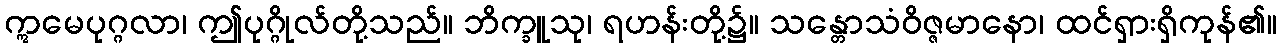
ဣမေပုဂ္ဂလာ၊ ဤပုဂ္ဂိုလ်တို့သည်။ ဘိက္ခူသု၊ ရဟန်းတို့၌။ သန္တောသံဝိဇ္ဇမာနော၊ ထင်ရှားရှိကုန်၏။